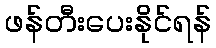
ဖန်တီးပေးနိုင်ရန်